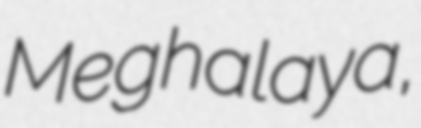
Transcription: Meghalaya,